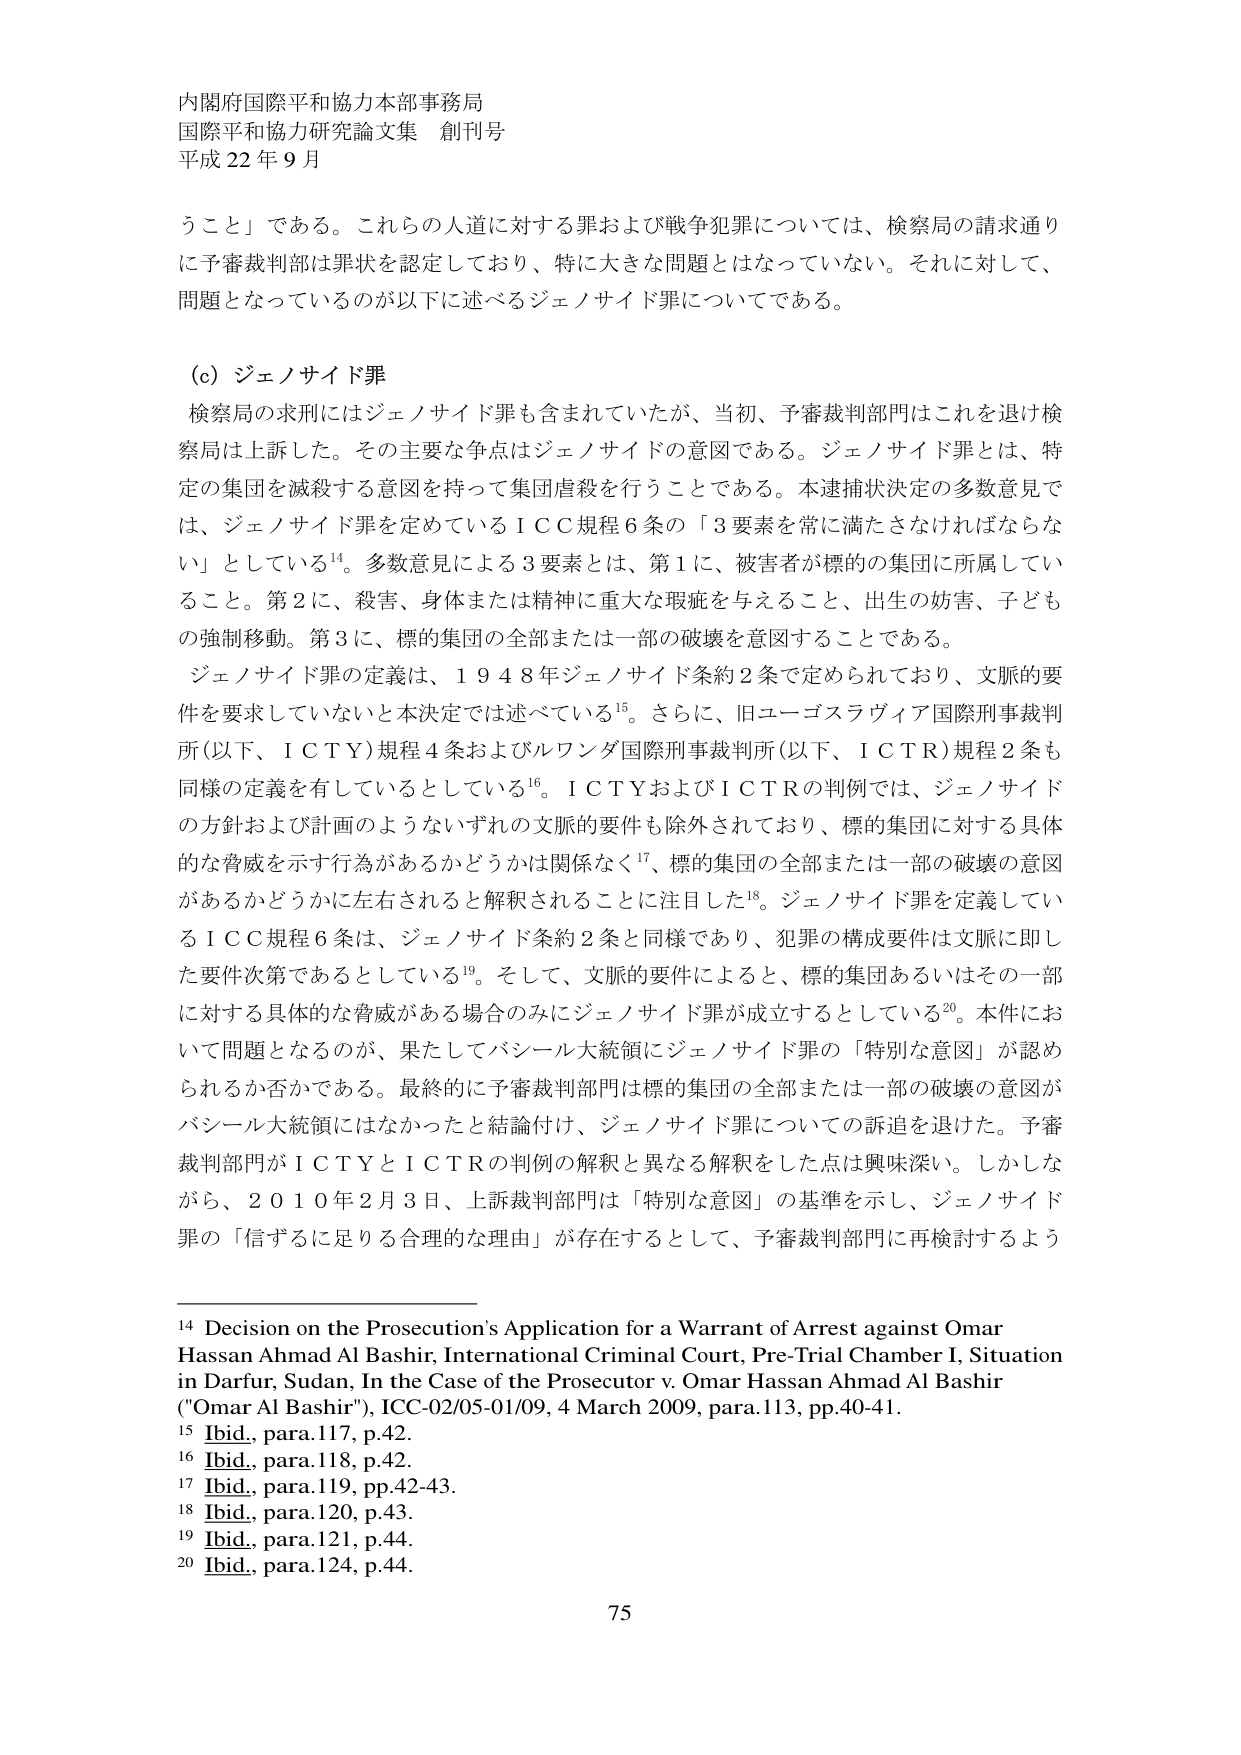
内閣府国際平和協力本部事務局
国際平和協力研究論文集 創刊号
平成22年9月

うこと」である。これらの人道に対する罪および戦争犯罪については、検察局の請求通りに予審裁判部は罪状を認定しており、特に大きな問題とはなっていない。それに対して、問題となっているのが以下に述べるジェノサイド罪についてである。

（c）ジェノサイド罪
検察局の求刑にはジェノサイド罪も含まれていたが、当初、予審裁判部門はこれを退け検察局は上訴した。その主要な争点はジェノサイドの意図である。ジェノサイド罪とは、特定の集団を滅殺する意思を持って集団虐殺を行うことである。本逮捕状決定の多数意見では、ジェノサイド罪を定めているＩＣＣ規程６条の「３要素を常に満たさなければならない」としている¹⁴。多数意見による３要素とは、第１に、被害者が標的の集団に所属していること。第２に、殺害、身体または精神に重大な瑕疵を与えること、出生の妨害、子ども の強制移動。第３に、標的集団の全部または一部の破壊を意図することである。

ジェノサイド罪の定義は、１９４８年ジェノサイド条約２条で定められており、文脈的要件を要求していないと本決定では述べている¹⁵。さらに、旧ユーゴスラビア国際刑事裁判所（以下、ＩＣＴＹ）規程４条およびルワンダ国際刑事裁判所（以下、ＩＣＴＲ）規程２条も同様の定義を有しているとしている¹⁶。ＩＣＴＹおよびＩＣＴＲの判例では、ジェノサイドの方針および計画のようないずれの文脈的要件も除外されており、標的集団に対する具体的な脅威を示す行為があるかどうかは関係なく¹⁷、標的集団の全部または一部の破壊の意図があるかどうかに左右されると解釈されることに注目した¹⁸。ジェノサイド罪を定義しているＩＣＣ規程６条は、ジェノサイド条約２条と同様であり、犯罪の構成要件は文脈に即した要件次第であるとしている¹⁹。そして、文脈的要件によると、標的集団あるいはその一部に対する具体的な脅威がある場合のみにジェノサイド罪が成立するとしている²⁰。本件において問題となるのが、果たしてバシール大統領にジェノサイド罪の「特別な意図」が認められるか否かである。最終的に予審裁判部門は標的集団の全部または一部の破壊の意図がバシール大統領にはなかったと結論付け、ジェノサイド罪についての訴追を退けた。予審裁判部門がＩＣＴＹとＩＣＴＲの判例の解釈と異なる解釈をした点は興味深い。しかしながら、２０１０年２月３日、上訴裁判部門は「特別な意図」の基準を示し、ジェノサイド罪の「信ずるに足りる合理的な理由」が存在するとして、予審裁判部門に再検討するよう

¹⁴ Decision on the Prosecution's Application for a Warrant of Arrest against Omar Hassan Ahmad Al Bashir, International Criminal Court, Pre-Trial Chamber I, Situation in Darfur, Sudan, In the Case of the Prosecutor v. Omar Hassan Ahmad Al Bashir ("Omar Al Bashir"), ICC-02/05-01/09, 4 March 2009, para.113, pp.40-41.
¹⁵ Ibid., para.117, p.42.
¹⁶ Ibid., para.118, p.42.
¹⁷ Ibid., para.119, pp.42-43.
¹⁸ Ibid., para.120, p.43.
¹⁹ Ibid., para.121, p.44.
²⁰ Ibid., para.124, p.44.

75